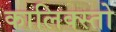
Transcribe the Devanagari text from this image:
कालिक्स्तो